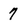
Character: 7